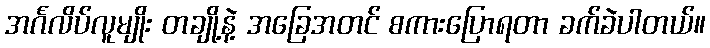
အင်္ဂလိပ်လူမျိုး တချို့နဲ့ အခြေအတင် စကားပြောရတာ ခက်ခဲပါတယ်။